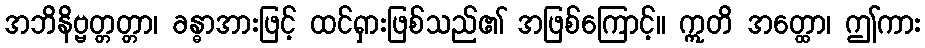
အဘိနိဗ္ဗတ္တတ္တာ၊ ခန္ဓာအားဖြင့် ထင်ရှားဖြစ်သည်၏ အဖြစ်ကြောင့်။ ဣတိ အတ္ထော၊ ဤကား